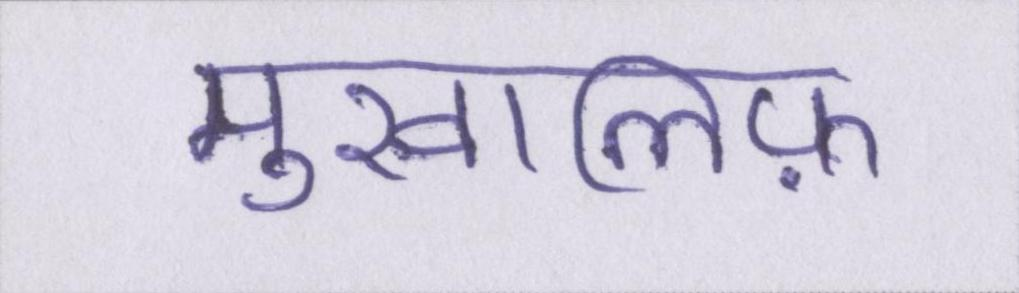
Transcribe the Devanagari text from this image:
मुखालिफ़